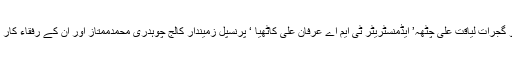
ہم اس شاندار ٹورنامنٹ کے انعقاد پر ہم اس ٹورنامنٹ کے انعقاد پر ڈی سی او گجرات لیاقت علی چٹھہ’ ایڈمنسٹریٹر ٹی ایم اے عرفان علی کاٹھیا ‘ پرنسپل زمیندار کالج چوہدری محمدممتاز اور ان کے رفقاء کار ‘ تمام سٹاف کے شکر گزار ہیں کہ انہوں نے ہمارے ساتھ بھر پور تعاون کیا۔